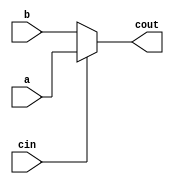
module mux32bits(cout, a, b, cin);
	input[31:0] a;
	input[31:0] b;
	input cin;
	output[31:0] cout;
	
	assign cout = cin?a:b;
	
	
endmodule